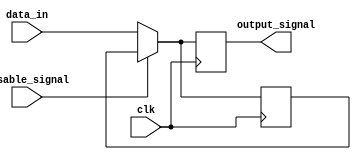
module Disable (
    input wire disable_signal,  // Control signal to enable/disable the block
    input wire clk,             // Clock signal for synchronous operations
    input wire [WIDTH-1:0] data_in, // Input data to be processed when enabled
    output reg [WIDTH-1:0] output_signal // Output signal reflecting processed data
);
    parameter WIDTH = 8; // Parameter to define the width of the data

    // Internal register to hold the last valid output value
    reg [WIDTH-1:0] last_valid_output;

    always @(posedge clk) begin
        if (disable_signal) begin
            // When disabled, retain the last valid output
            output_signal <= last_valid_output;
        end else begin
            // When enabled, process the input data
            output_signal <= data_in;
            last_valid_output <= data_in; // Update last valid output
        end
    end

endmodule